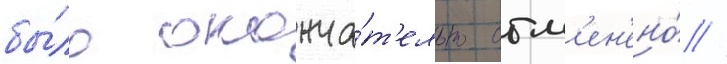
бы́ло оконча́т'ельно отм'ен'ено́ //